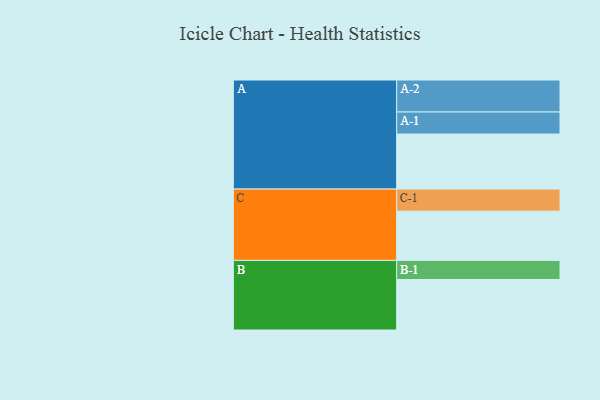
{"axis": {"x": "Segment", "y": "Value"}, "legend": ["", "A", "B", "C"], "data": [{"x": "A", "y": 449, "type": ""}, {"x": "B", "y": 412, "type": ""}, {"x": "C", "y": 402, "type": ""}, {"x": "A-1", "y": 180, "type": "A"}, {"x": "A-2", "y": 261, "type": "A"}, {"x": "B-1", "y": 156, "type": "B"}, {"x": "C-1", "y": 180, "type": "C"}]}